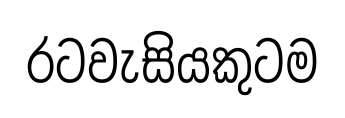
රටවැසියකුටම